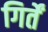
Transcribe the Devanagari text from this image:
गिर्तें